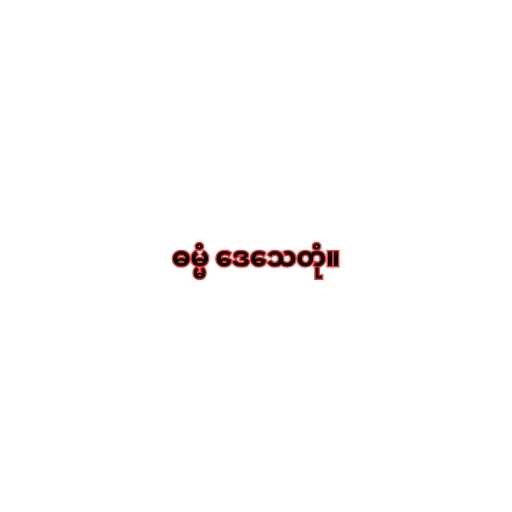
ဓမ္မံ ဒေသေတုံ။